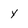
Character: y